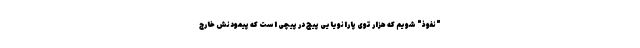
"نفوذ" شویم که هزار توی پارانویاییِ پیچ در پیچی‌ است که پیمودنش خارج